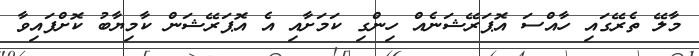
މާލޭ ތެރޭގައި ހާއްސަ އޮޕަރޭޝަނެއް ހިންގި ކަމަށާއި އެ އޮޕަރޭޝަން ކާމިޔާބު ކޮށްފައިވާ